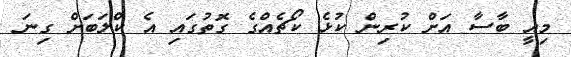
މިއީ ބާސާ އަށް ކުރިން ކުޅެ ކޯޗެއްގެ ގޮތުގައި އެ ކްލަބަށް ގިނަ